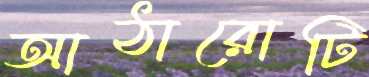
আঠারোটি